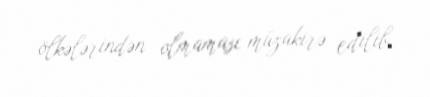
ölkələrindən olmaması müzakirə edilib.